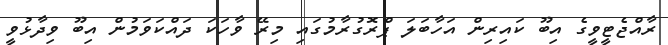
ރާއްޖެޓީވީގެ އިބޫ ކައިރިން އަހާބަލަ ޕްރޮގުރާމުގައި މިރޭ ވާހަކަ ދައްކަވަމުން އިބޫ ވިދާޅުވީ